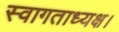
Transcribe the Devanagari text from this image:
स्वागताध्यक्ष।